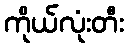
ကိုယ်လုံးတီး